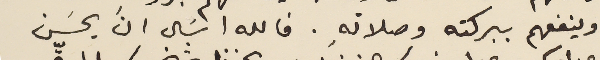
وينفعهم ببركته وصلاتهِ. فالله اسَال انَ يحسَن